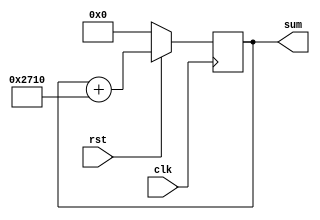
module adder#(parameter fcw=16'd10000)(  //16 10000
   sum,
       clk,
       rst
       );
      
       output [15:0] sum;   //
       input         clk;
       input         rst;
   reg [15:0] sum;      //  
       always @(posedge clk)//
         begin
              if(!rst)            //0
                 sum<=16'd0;
               else
                 sum<=sum+fcw; //
              end
            
endmodule